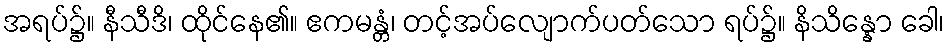
အရပ်၌။ နီသီဒိ၊ ထိုင်နေ၏။ ဧကမန္တံ၊ တင့်အပ်လျောက်ပတ်သော ရပ်၌။ နိသိန္နော ခေါ၊